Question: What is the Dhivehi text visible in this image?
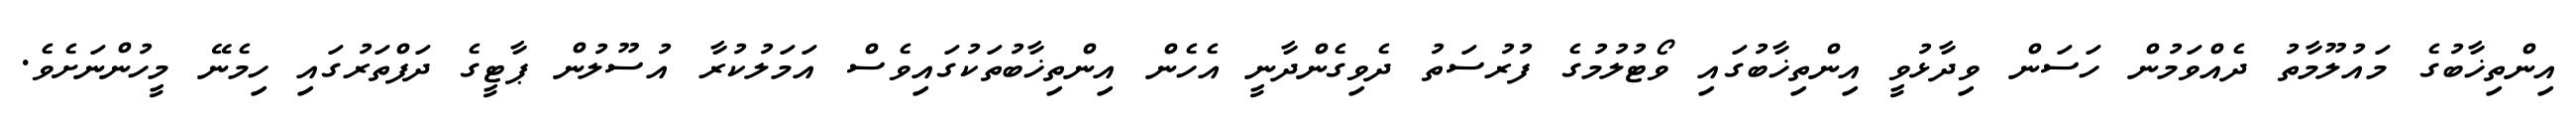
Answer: އިންތިޚާބުގެ މައުލޫމާތު ދެއްވަމުން ހަސަން ވިދާޅުވީ އިންތިޚާބުގައި ވޯޓުލުމުގެ ފުރުސަތު ދެވިގެންދާނީ އެހެން އިންތިޚާބުތަކުގައިވެސް އަމަލުކުރާ އުސޫލުން ޕާޓީގެ ދަފްތަރުގައި ހިމެނޭ މީހުންނަށެވެ.